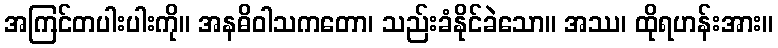
အကြင်တပါးပါးကို။ အနဓိဝါသကတော၊ သည်းခံနိုင်ခဲသော။ အဿ၊ ထိုရဟန်းအား။